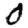
Digit: 0